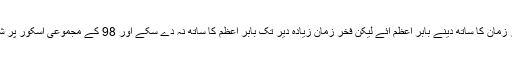
حفیظ کے آؤٹ ہونے کے بعد فخر زمان کا ساتھ دینے بابر اعظم آئے لیکن فخر زمان زیادہ دیر تک بابر اعظم کا ساتھ نہ دے سکے اور 98 کے مجموعی اسکور پر شاندار 65 رنز بنا کر آؤٹ ہوگئے۔